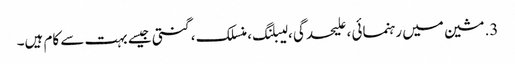
3. مشین میں رہنمائی ، علیحدگی ، لیبلنگ ، منسلک ، گنتی جیسے بہت سے کام ہیں۔